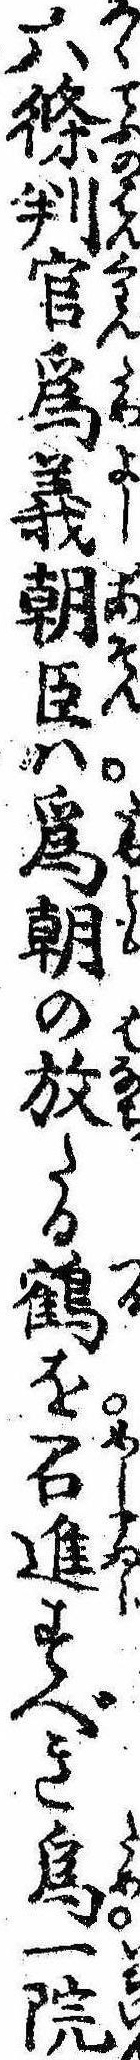
六条判官為義朝臣は為朝の放たる鶴を召進すべき為一院